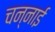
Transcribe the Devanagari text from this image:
चन्नाई